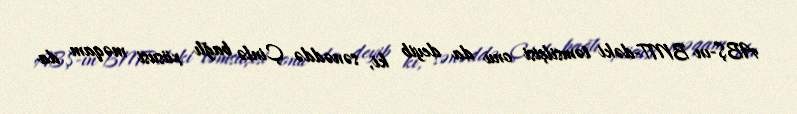
ABŞ-ın BMT-dəki təmsilçisi onu da deyib ki, sənəddə Çinlə bağlı xüsusi məqam da